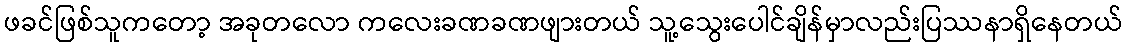
ဖခင်ဖြစ်သူကတော့ အခုတလော ကလေးခဏခဏဖျားတယ် သူ့သွေးပေါင်ချိန်မှာလည်းပြဿနာရှိနေတယ်